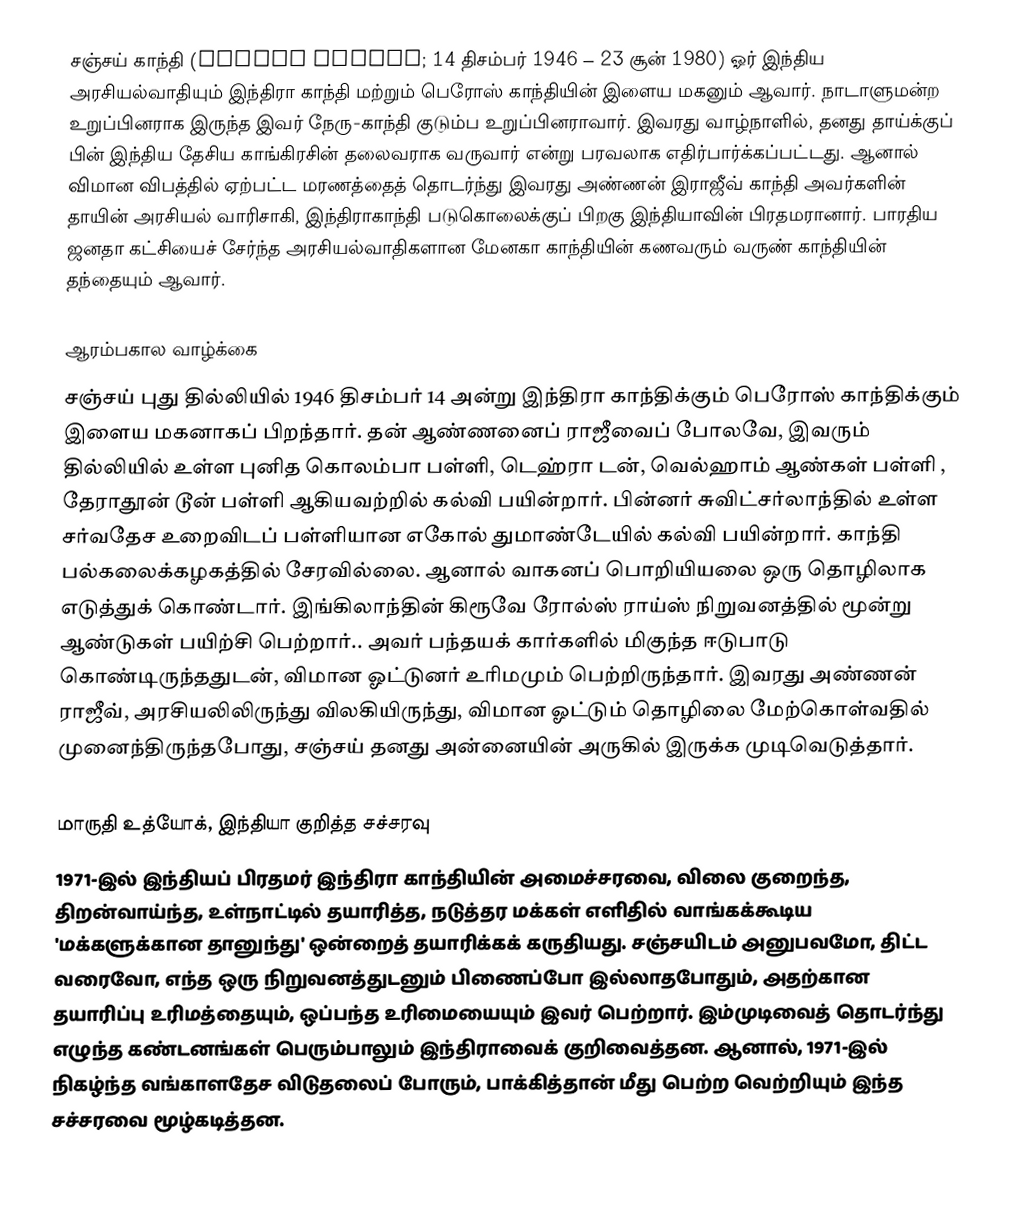
சஞ்சய் காந்தி (Sanjay Gandhi; 14 திசம்பர் 1946 – 23 சூன் 1980) ஓர் இந்திய அரசியல்வாதியும் இந்திரா காந்தி மற்றும் பெரோஸ் காந்தியின் இளைய மகனும் ஆவார். நாடாளுமன்ற உறுப்பினராக இருந்த இவர் நேரு-காந்தி குடும்ப உறுப்பினராவார். இவரது வாழ்நாளில், தனது தாய்க்குப் பின் இந்திய தேசிய காங்கிரசின் தலைவராக வருவார் என்று பரவலாக எதிர்பார்க்கப்பட்டது. ஆனால் விமான விபத்தில் ஏற்பட்ட மரணத்தைத் தொடர்ந்து இவரது அண்ணன் இராஜீவ் காந்தி அவர்களின் தாயின் அரசியல் வாரிசாகி, இந்திராகாந்தி படுகொலைக்குப் பிறகு இந்தியாவின் பிரதமரானார். பாரதிய ஜனதா கட்சியைச் சேர்ந்த அரசியல்வாதிகளான மேனகா காந்தியின் கணவரும் வருண் காந்தியின் தந்தையும் ஆவார்.

ஆரம்பகால வாழ்க்கை
சஞ்சய் புது தில்லியில் 1946 திசம்பர் 14 அன்று இந்திரா காந்திக்கும் பெரோஸ் காந்திக்கும் இளைய மகனாகப் பிறந்தார். தன் ஆண்ணனைப் ராஜீவைப் போலவே, இவரும் தில்லியில் உள்ள புனித கொலம்பா பள்ளி, டெஹ்ரா டன், வெல்ஹாம் ஆண்கள் பள்ளி , தேராதூன் டூன் பள்ளி ஆகியவற்றில் கல்வி பயின்றார். பின்னர் சுவிட்சர்லாந்தில் உள்ள சர்வதேச உறைவிடப் பள்ளியான எகோல் துமாண்டேயில் கல்வி பயின்றார்.  காந்தி பல்கலைக்கழகத்தில் சேரவில்லை. ஆனால் வாகனப் பொறியியலை ஒரு தொழிலாக எடுத்துக் கொண்டார். இங்கிலாந்தின் கிரூவே ரோல்ஸ் ராய்ஸ் நிறுவனத்தில் மூன்று ஆண்டுகள் பயிற்சி பெற்றார்.. அவர் பந்தயக் கார்களில் மிகுந்த ஈடுபாடு கொண்டிருந்ததுடன், விமான ஓட்டுனர் உரிமமும் பெற்றிருந்தார்.  இவரது அண்ணன் ராஜீவ், அரசியலிலிருந்து விலகியிருந்து, விமான ஓட்டும் தொழிலை மேற்கொள்வதில் முனைந்திருந்தபோது, சஞ்சய் தனது அன்னையின் அருகில் இருக்க முடிவெடுத்தார்.

மாருதி உத்யோக், இந்தியா குறித்த சச்சரவு
1971-இல் இந்தியப் பிரதமர் இந்திரா காந்தியின் அமைச்சரவை, விலை குறைந்த, திறன்வாய்ந்த, உள்நாட்டில் தயாரித்த, நடுத்தர மக்கள் எளிதில் வாங்கக்கூடிய 'மக்களுக்கான தானுந்து' ஒன்றைத் தயாரிக்கக் கருதியது. சஞ்சயிடம் அனுபவமோ, திட்ட வரைவோ, எந்த ஒரு நிறுவனத்துடனும் பிணைப்போ இல்லாதபோதும், அதற்கான தயாரிப்பு உரிமத்தையும், ஒப்பந்த உரிமையையும் இவர் பெற்றார். இம்முடிவைத் தொடர்ந்து எழுந்த கண்டனங்கள் பெரும்பாலும் இந்திராவைக் குறிவைத்தன. ஆனால், 1971-இல் நிகழ்ந்த வங்காளதேச விடுதலைப் போரும், பாக்கித்தான் மீது பெற்ற வெற்றியும் இந்த சச்சரவை மூழ்கடித்தன.